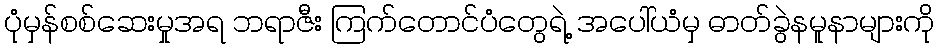
ပုံမှန်စစ်ဆေးမှုအရ ဘရာဇီး ကြက်တောင်ပံတွေရဲ့ အပေါ်ယံမှ ဓာတ်ခွဲနမူနာများကို